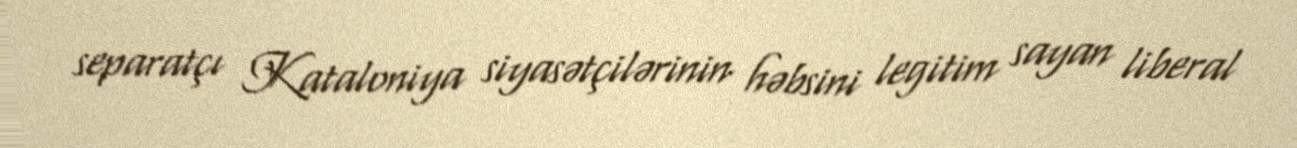
separatçı Kataloniya siyasətçilərinin həbsini legitim sayan liberal